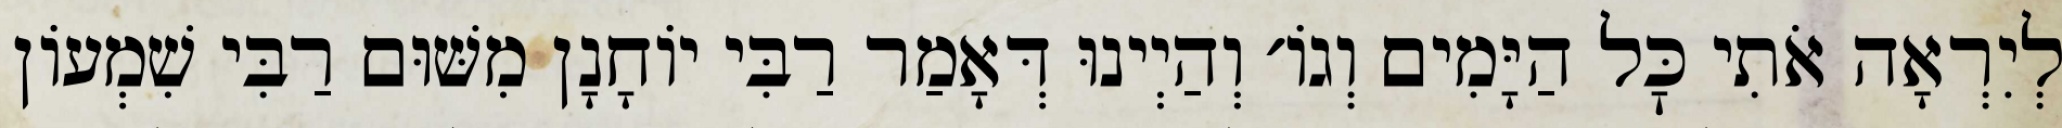
לְיִרְאָה אֹתִי כׇּל הַיָּמִים וְגוֹ׳ וְהַיְינוּ דְּאָמַר רַבִּי יוֹחָנָן מִשּׁוּם רַבִּי שִׁמְעוֹן